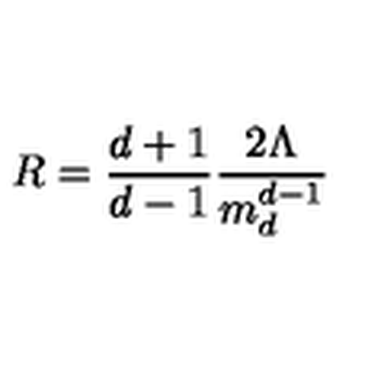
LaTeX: R = \frac { d + 1 } { d - 1 } \frac { 2 \Lambda } { m _ { d } ^ { d - 1 } }